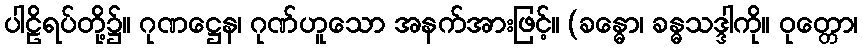
ပါဠိရပ်တို့၌။ ဂုဏဋ္ဌေန၊ ဂုဏ်ဟူသော အနက်အားဖြင့်။ (ခန္ဓော၊ ခန္ဓသဒ္ဒါကို။ ဝုတ္တော၊